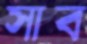
সাব